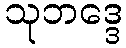
သုဘဒ္ဒေ